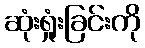
ဆုံးရှုံးခြင်းကို